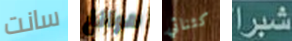
سانت هوانغ كثنائي شبرا